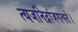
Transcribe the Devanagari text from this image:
त्यजनिद्रांजगत्पते।